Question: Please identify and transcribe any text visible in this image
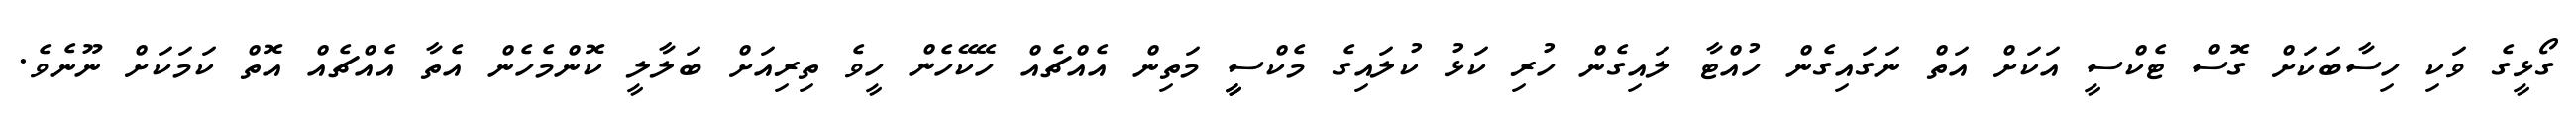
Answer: ގޯޅީގެ ވަކި ހިސާބަކަށް ގޮސް ޓެކްސީ އަކަށް އަތް ނަގައިގެން ހުއްޓާ ލައިގެން ހުރި ކަޅު ކުލައިގެ މެކްސީީ މަތިން އެއްޗެއް ހޭކޭހެން ހީވެ ތިރިއަށް ބަލާލީ ކޮންމެހެން އެތާ އެއްޗެއް އޮތް ކަމަކަށް ނޫނެވެ.